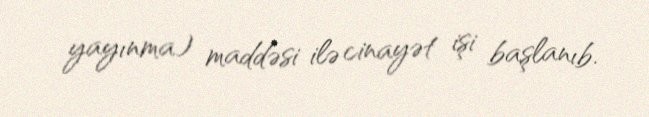
yayınma) maddəsi ilə cinayət işi başlanıb.